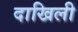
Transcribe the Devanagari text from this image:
दाखिली